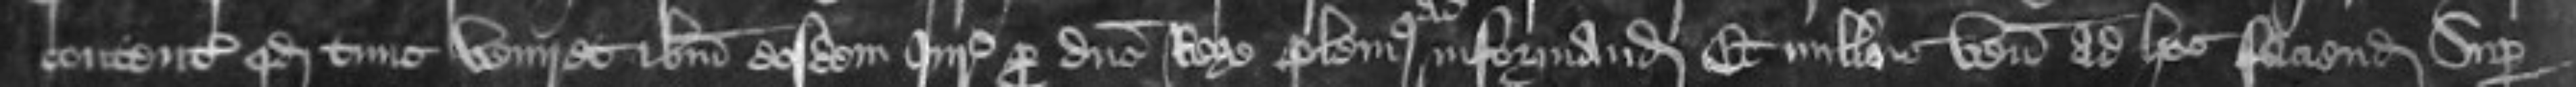
contentis quod tune veniret ibidem eosdem Juratores pro domine Rege plenius informandum Et nullus venit ad hoc faciendum Super